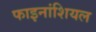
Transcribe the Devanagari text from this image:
फाइनांशियल